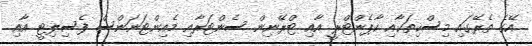
އޭގެ ތެރޭގައި މިސްކިތަކާއި ކާޕެންޓްރީ އާއި ޓްރޭނިން ސެންޓަރާއި މެއިންޓަނަންސް ފެސިލިޓީ އާއި